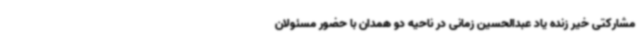
مشارکتی خیر زنده یاد عبدالحسین زمانی در ناحیه دو همدان با حضور مسئولان